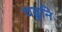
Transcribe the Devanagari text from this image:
चढुनि